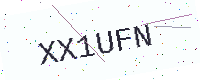
Text: XX1UFN